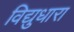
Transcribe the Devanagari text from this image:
विद्युधारा